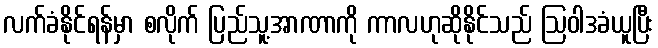
လက်ခံနိုင်ရန်မှာ စလိုက် ပြည်သူ့အာဏာကို ကာလဟုဆိုနိုင်သည် ဩဝါဒခံယူပြီး